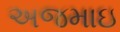
અજમાઇ